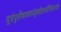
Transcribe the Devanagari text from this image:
मूत्रंपुरीषाचमनंकुर्वन्नास्थीनिधारयेत्